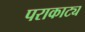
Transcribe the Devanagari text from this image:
पराकाट्य